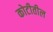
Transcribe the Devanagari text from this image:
कोटीतील